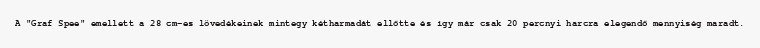
A "Graf Spee" emellett a 28 cm-es lövedékeinek mintegy kétharmadát ellőtte és így már csak 20 percnyi harcra elegendő mennyiség maradt.